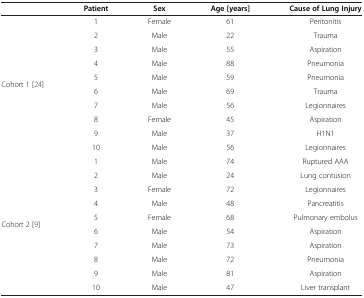
<table><thead><tr><td><b> </b></td><td><b>Patient</b></td><td><b>Sex</b></td><td><b>Age [years]</b></td><td><b>Cause of Lung Injury</b></td></tr></thead><tbody><tr><td rowspan="10">Cohort 1[24]</td><td>1</td><td>Female</td><td>61</td><td>Peritonitis</td></tr><tr><td>2</td><td>Male</td><td>22</td><td>Trauma</td></tr><tr><td>3</td><td>Male</td><td>55</td><td>Aspiration</td></tr><tr><td>4</td><td>Male</td><td>88</td><td>Pneumonia</td></tr><tr><td>5</td><td>Male</td><td>59</td><td>Pneumonia</td></tr><tr><td>6</td><td>Male</td><td>69</td><td>Trauma</td></tr><tr><td>7</td><td>Male</td><td>56</td><td>Legionnaires</td></tr><tr><td>8</td><td>Female</td><td>45</td><td>Aspiration</td></tr><tr><td>9</td><td>Male</td><td>37</td><td>H1N1</td></tr><tr><td>10</td><td>Male</td><td>56</td><td>Legionnaires</td></tr><tr><td rowspan="9">Cohort 2[9]</td><td>1</td><td>Male</td><td>74</td><td>Ruptured AAA</td></tr><tr><td>2</td><td>Male</td><td>24</td><td>Lung contusion</td></tr><tr><td>3</td><td>Female</td><td>72</td><td>Legionnaires</td></tr><tr><td>4</td><td>Male</td><td>48</td><td>Pancreatitis</td></tr><tr><td>5</td><td>Female</td><td>68</td><td>Pulmonary embolus</td></tr><tr><td>6</td><td>Male</td><td>54</td><td>Aspiration</td></tr><tr><td>7</td><td>Male</td><td>73</td><td>Aspiration</td></tr><tr><td>8</td><td>Male</td><td>72</td><td>Pneumonia</td></tr><tr><td>9</td><td>Male</td><td>81</td><td>Aspiration</td></tr><tr><td> </td><td>10</td><td>Male</td><td>47</td><td>Liver transplant</td></tr></tbody></table>